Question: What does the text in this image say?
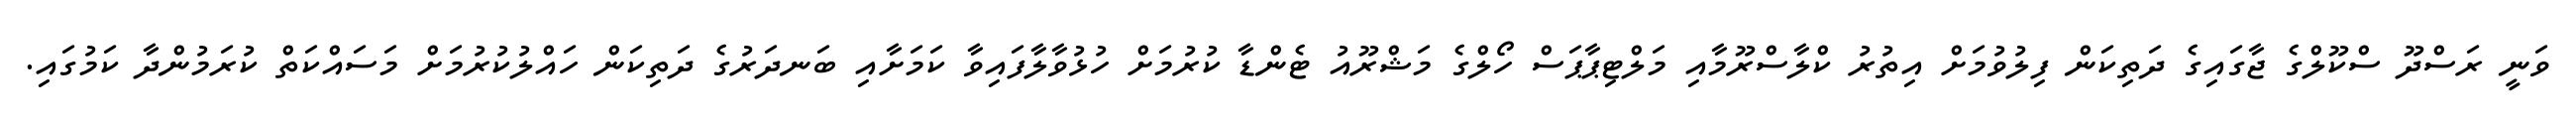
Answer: ވަނީ ރަސްދޫ ސްކޫލްގެ ޖާގައިގެ ދަތިކަން ފިލުވުމަށް އިތުރު ކްލާސްރޫމާއި މަލްޓިޕާޕަސް ހޯލްގެ މަޝްރޫއު ޓެންޑާ ކުރުމަށް ހުޅުވާލާފައިވާ ކަމަށާއި ބަނދަރުގެ ދަތިކަން ހައްލުކުރުމަށް މަސައްކަތް ކުރަމުންދާ ކަމުގައި.